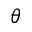
\theta